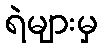
ရဲများမှ